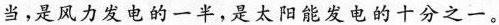
当，是风力发电的一半，是太阳能发电的十分之一。